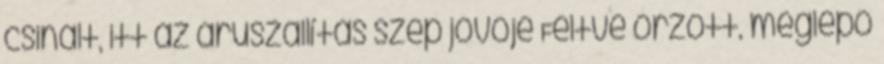
csinált, itt az áruszállítás szép jövője Féltve őrzött, meglepő